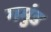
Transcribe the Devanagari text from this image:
गमुंड